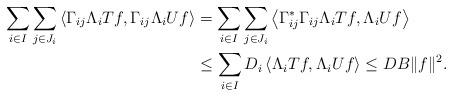
LaTeX: \begin{align*}\sum_{i\in I}\sum_{j\in J_i}\left\langle \Gamma_{ij}\Lambda_iTf,\Gamma_{ij}\Lambda_iUf\right\rangle&=\sum_{i\in I}\sum_{j\in J_i}\left\langle \Gamma^*_{ij}\Gamma_{ij}\Lambda_iTf,\Lambda_iUf\right\rangle\\&\le \sum_{i\in I}D_i\left\langle \Lambda_iTf,\Lambda_iUf\right\rangle\le DB\|f\|^2.\end{align*}